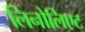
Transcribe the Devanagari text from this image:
लिनोलिएट